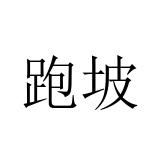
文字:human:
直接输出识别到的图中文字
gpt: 跑坡